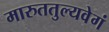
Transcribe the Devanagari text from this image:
मारुततुल्यवेगं